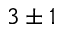
3 \pm 1